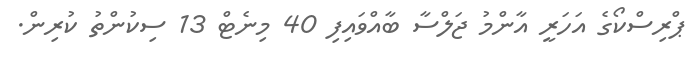
ޕްރިސްކޯގެ އަހަރީ އާންމު ޖަލްސާ ބާއްވައިފި 40 މިނެޓް 13 ސިކުންތު ކުރިން.